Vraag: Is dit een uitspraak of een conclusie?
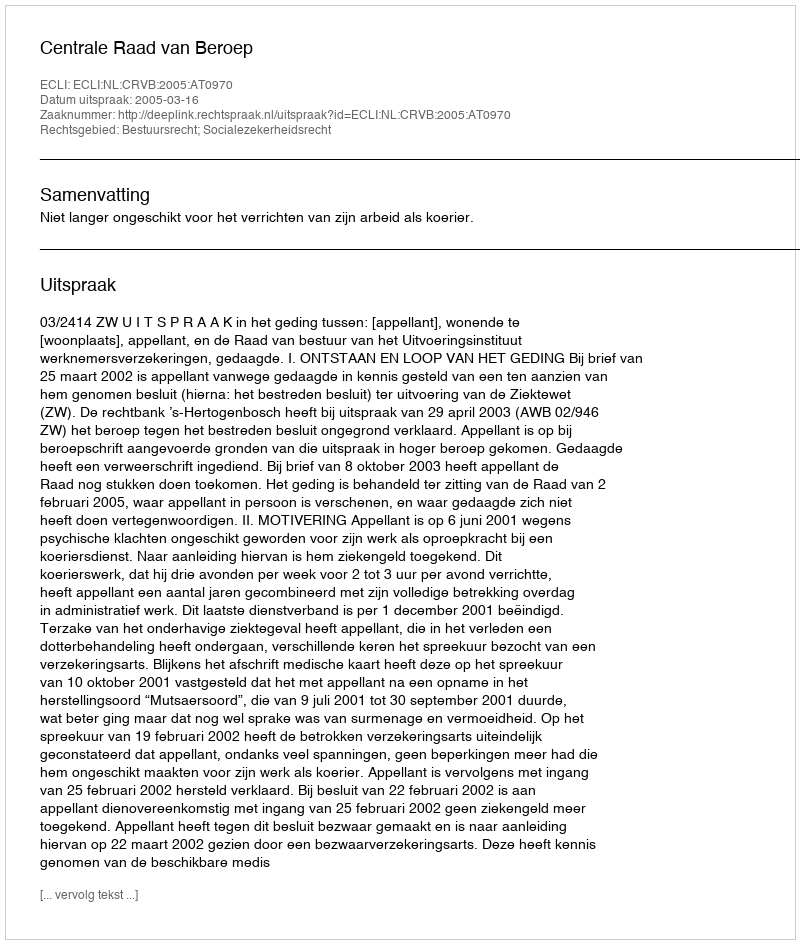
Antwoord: Uitspraak